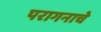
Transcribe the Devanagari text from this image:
परागनाचे